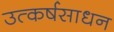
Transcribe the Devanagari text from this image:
उत्कर्षसाधन